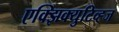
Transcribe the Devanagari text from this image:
एक्झिक्युटिव्ह्ज